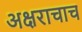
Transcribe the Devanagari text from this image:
अक्षराचाच